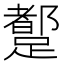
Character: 𲄆